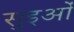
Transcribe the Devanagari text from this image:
सुइओं